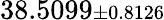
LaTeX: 38.5099{\scriptstyle\pm 0.8126}